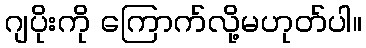
ဂျပိုးကို ကြောက်လို့မဟုတ်ပါ။